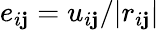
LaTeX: e_{i\mathbf{j}}=u_{i\mathbf{j}}/|r_{i\mathbf{j}}|